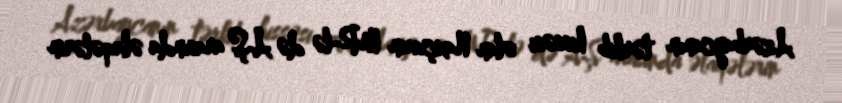
Azərbaycanın tərkib hissəsi olan Naxçıvan MR-lə də AŞ arasında əlaqələrin